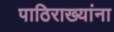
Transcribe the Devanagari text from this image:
पाठिराख्यांना